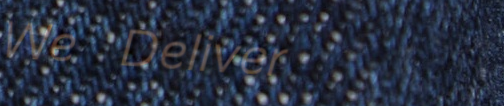
We Deliver